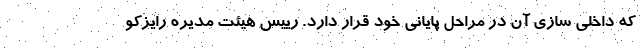
که داخلی سازی آن در مراحل پایانی خود قرار دارد. رییس هیئت مدیره رایزکو